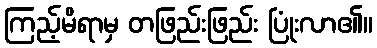
ကြည့်မိရာမှ တဖြည်းဖြည်း ပြုံးလာ၏။